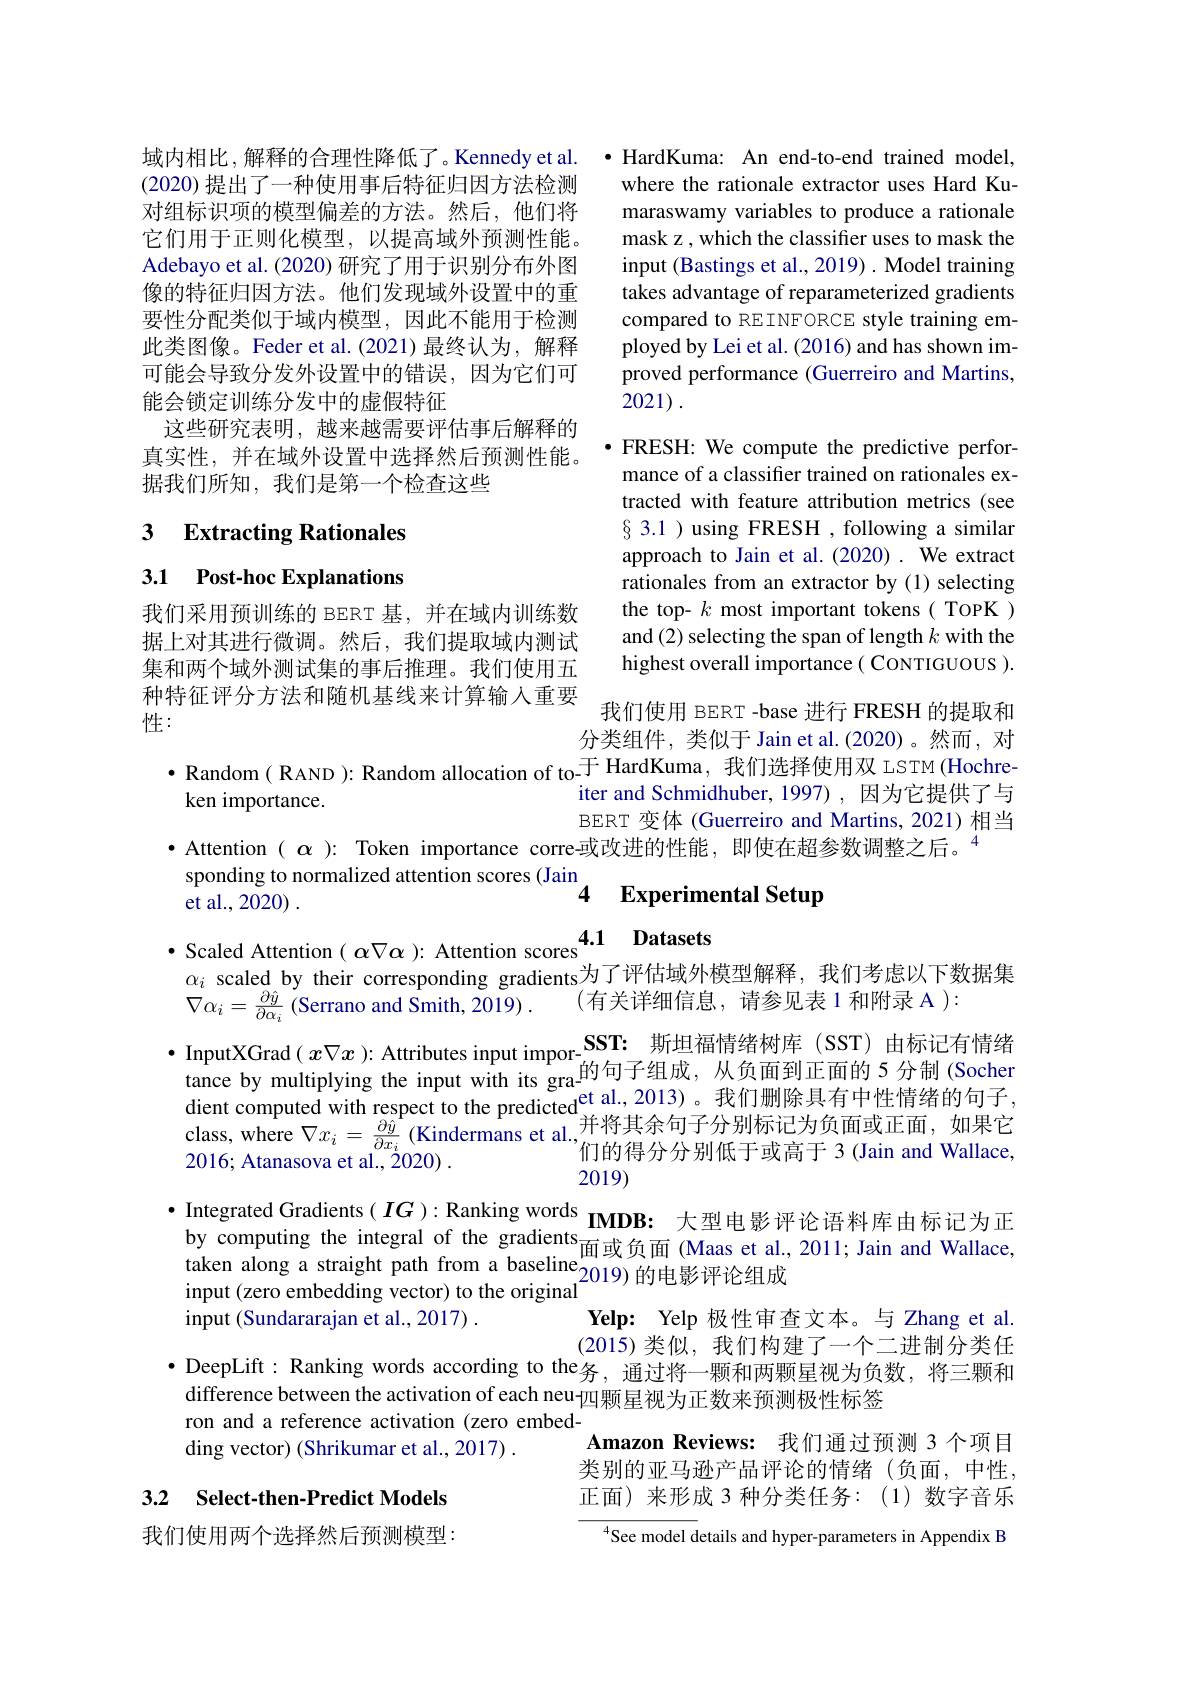
域内相比，解释的合理性降低了。Kennedy et al. · HardKuma: An end-to-end trained model,
where the rationale extractor uses Hard Kumaraswamy variables to produce a rationale mask z , which the classifier uses to mask the input (Bastings et al., 2019) . Model training takes advantage of reparameterized gradients compared to REINFORCE style training employed by Lei et al. (2016) and has shown improved performance (Guerreiro and Martins, 2021).

(2020) 提出了一种使用事后特征归因方法检测对组标识项的模型偏差的方法。然后，他们将它们用于正则化模型，以提高域外预测性能。Adebayo et al. (2020) 研究了用于识别分布外图像的特征归因方法。他们发现域外设置中的重要性分配类似于域内模型，因此不能用于检测此类图像。Feder et al.(2021)最终认为，解释可能会导致分发外设置中的错误，因为它们可能会锁定训练分发中的虚假特征
这些研究表明，越来越需要评估事后解释的真实性，并在域外设置中选择然后预测性能。据我们所知，我们是第一个检查这些

# 3 Extracting Rationales

$\bullet$ FRESH: We compute the predictive perfor-
mance of a classifier trained on rationales extracted with feature attribution metrics (see $\S$ 3.1 ) using FRESH , following a similar approach to Jain et al.(2020) . We extract rationales from an extractor by (1) selecting the top- $k$ most important tokens( TopK ) and (2) selecting the span of length $k$ with the highest overall importance( CONTIGUOUS ).

3.1 Post-hoc Explanations

我们采用预训练的 BERT 基，并在域内训练数据上对其进行微调。然后，我们提取域内测试集和两个域外测试集的事后推理。我们使用五种特征评分方法和随机基线来计算输入重要性：

我们使用 BERT -base 进行 FRESH 的提取和

分类组件，类似于 Jain et al.(2020)。然而，对

$\bullet$ Random( RAND ): Random allocation of to$^{\text{于 HardKuma, 我们选择使用双 LSTM(Hochre-})}$

iter and Schmidhuber, 1997), 因为它提供了与

ken importance.

BERT 变体 (Guerreiro and Martins, 2021)相当

· Attention $(\alpha){:}$ Token importance corre或改进的性能，即使在超参数调整之后。$^{4}$

sponding to normalized attention scores (Jain

## 4 Experimental Setup

et al., 2020) .

$\begin{aligned}\bullet&\text{Scaled Attention}(\alpha\nabla\alpha):\text{ Attention scores}^{4.1}\:\textbf{Datasets}\\\alpha_i\:\text{scaled by their corresponding gradients为了评估域外模型解释，我们考虑以下数据集}\\\nabla&\text{方关注细信自 }\:\text{请会几}\end{aligned}$

2016; Atanasova et al., 2020) .

$\nabla \alpha _{i}= \frac {\partial \hat{y} }{\partial \alpha _{i}}\left ( \text{Serrano and Smith, 2019}\right ) .$ (有关详细信息，请参见表1和附录 A ):
$\cdot$ InputXGrad $(x\nabla x$ ): Attributes input impor-$\textbf{SST: 斯 坦 福 情 绪 树 库 ( SST) 由 标 记 有 情 绪 }$
的句子组成，从负面到正面的5分制 (Socher
tance by multiplying the input with its gra-$^\text{的可于组成，从贝围到上围的}^{\text{S}\prime}$ SOCler dient computed with respect to the predicted $^\mathrm{et}$ al., 2013)。我们删除具有中性情绪的句子，class, where $\nabla x_i=\frac{\partial\hat{y}}{\partial x_i}$ (Kindermans et al., 行的得分分别低于或高于 3 (Jain and Wallace,
2019)
$\bullet$Integrated Gradients( $IG) :$Ranking words by computing the integral of the gradients taken along a straight path from a baseline input( zeve onbedding vector) to the orisinal
Yelp: Yelp 极性审查文本。与 Zhang et al. (2015)类似，我们构建了一个二进制分类任
$\begin{aligned}\bullet&\text{DeepLift: Ranking words according to the务，通过将一颗和两颗星视为负数，将三颗和}\\\text{difforano batunan thontion of oob nu mu }\\\text{ difforano botivation of ooch ruu }\\\text{ difforan }\end{aligned}$
Amazon Reviews: 我们通过预测 3 个项目类别的亚马逊产品评论的情绪(负面，中性， 正面)来形成 3 种分类任务：(1)数字音乐
$^{4}$See model details and hyper-parameters in Appendix B

input (zero embedding vector) to the original

input (Sundararajan et al., 2017) .

ron and a reference activation (zero embed-

ding vector) (Shrikumar et al., 2017) .

## 3.2 Select-then-Predict Models

我们使用两个选择然后预测模型：